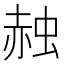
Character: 赨